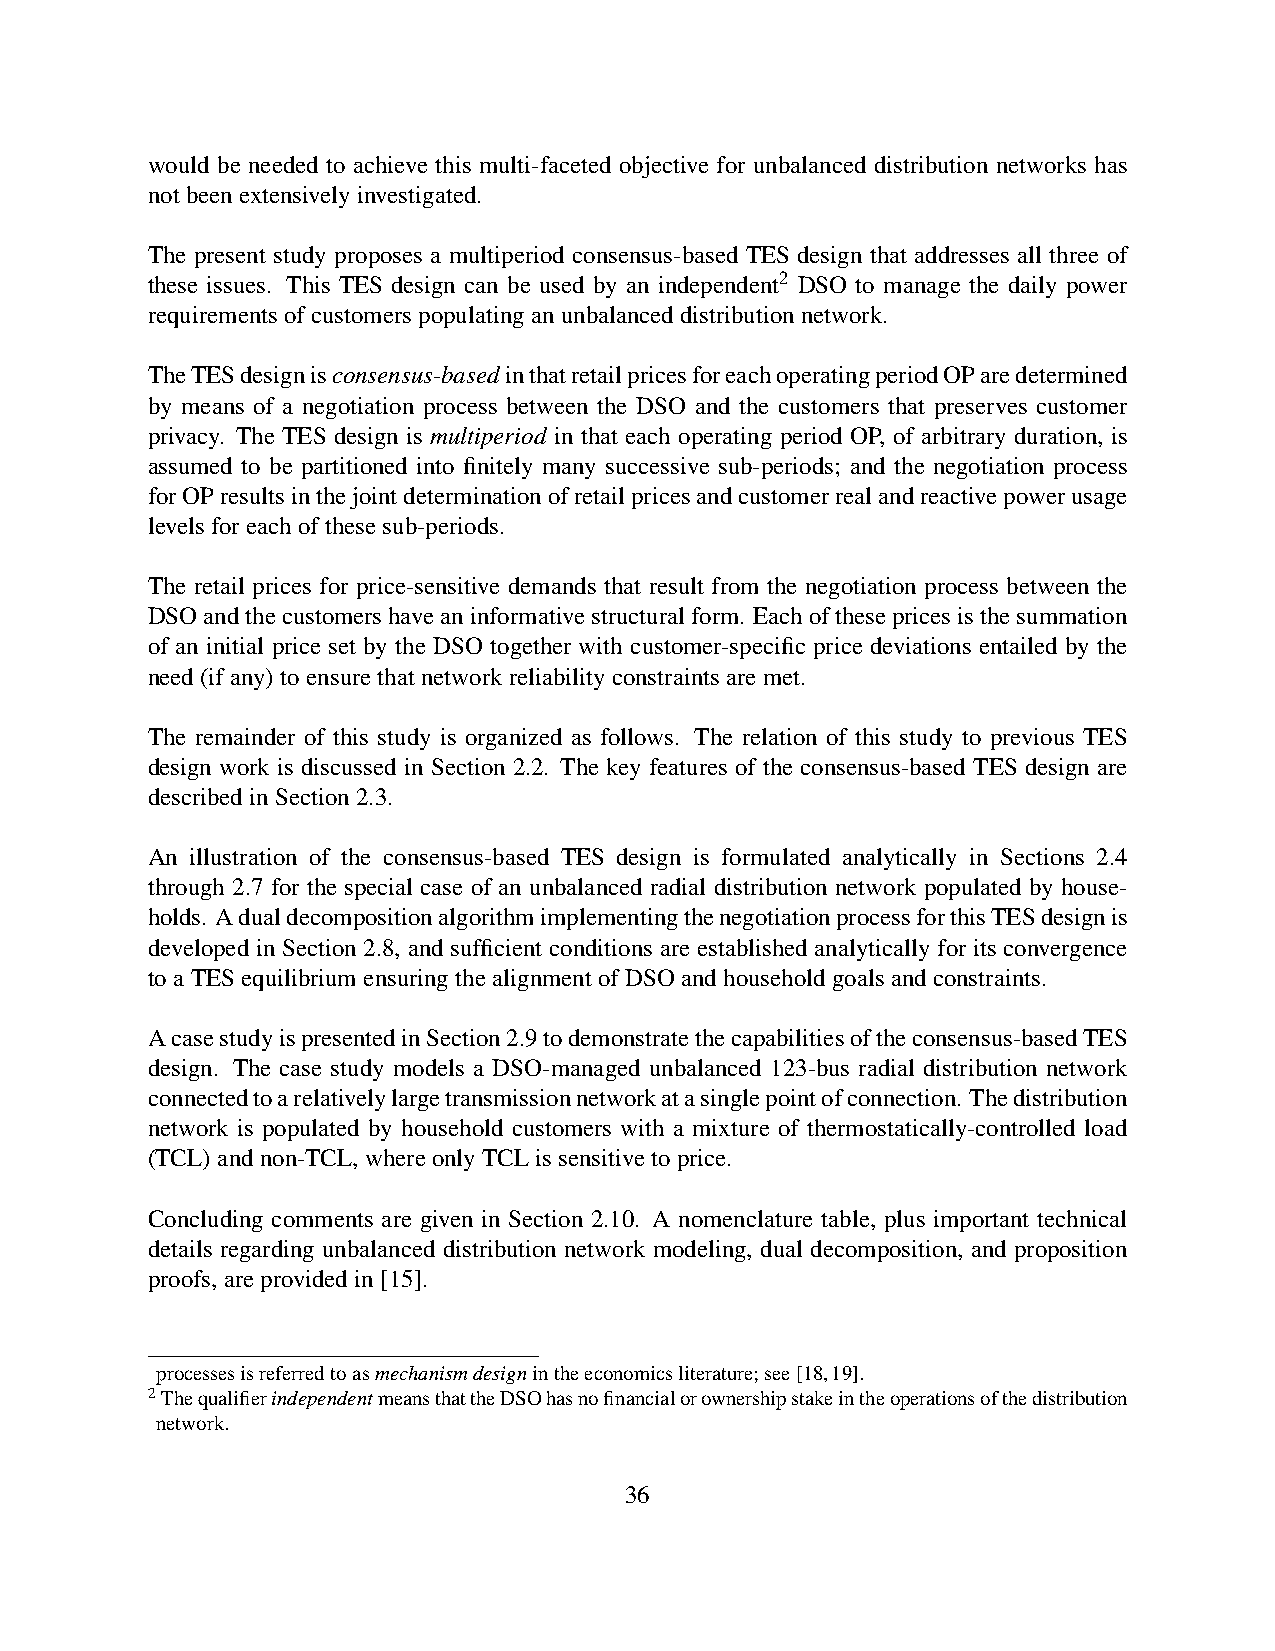
would be needed to achieve this multi-faceted objective for unbalanced distribution networks has
 notbeenextensivelyinvestigated.
 The present study proposes a multiperiod consensus-based TES design that addresses all three of
 these issues. This TES design can be used by an independent2 DSO to manage the daily power
 requirementsofcustomerspopulatinganunbalanceddistributionnetwork.
 TheTESdesignisconsensus-basedinthatretailpricesforeachoperatingperiodOParedetermined
 by means of a negotiation process between the DSO and the customers that preserves customer
 privacy. The TES design is multiperiod in that each operating period OP, of arbitrary duration, is
 assumed to be partitioned into finitely many successive sub-periods; and the negotiation process
 forOPresultsinthejointdeterminationofretailpricesandcustomerrealandreactivepowerusage
 levelsforeachofthesesub-periods.
 The retail prices for price-sensitive demands that result from the negotiation process between the
 DSOandthecustomershaveaninformativestructuralform. Eachofthesepricesisthesummation
 of an initial price set by the DSO together with customer-specific price deviations entailed by the
 need(ifany)toensurethatnetworkreliabilityconstraintsaremet.
 The remainder of this study is organized as follows. The relation of this study to previous TES
 design work is discussed in Section 2.2. The key features of the consensus-based TES design are
 describedinSection2.3.
 An illustration of the consensus-based TES design is formulated analytically in Sections 2.4
 through 2.7 for the special case of an unbalanced radial distribution network populated by house-
 holds. AdualdecompositionalgorithmimplementingthenegotiationprocessforthisTESdesignis
 developed in Section 2.8, and sufficient conditions are established analytically for its convergence
 toaTESequilibriumensuringthealignmentofDSOandhouseholdgoalsandconstraints.
 AcasestudyispresentedinSection2.9todemonstratethecapabilitiesoftheconsensus-basedTES
 design. The case study models a DSO-managed unbalanced 123-bus radial distribution network
 connectedtoarelativelylargetransmissionnetworkatasinglepointofconnection. Thedistribution
 network is populated by household customers with a mixture of thermostatically-controlled load
 (TCL)andnon-TCL,whereonlyTCLissensitivetoprice.
 Concluding comments are given in Section 2.10. A nomenclature table, plus important technical
 details regarding unbalanced distribution network modeling, dual decomposition, and proposition
 proofs,areprovidedin[15].
 processesisreferredtoasmechanismdesignintheeconomicsliterature;see[18,19].
 2ThequalifierindependentmeansthattheDSOhasnofinancialorownershipstakeintheoperationsofthedistribution
 network.
 36